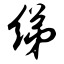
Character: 绨